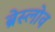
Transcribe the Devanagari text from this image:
ब्रेस्लोव